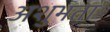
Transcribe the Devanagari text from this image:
अशुभता